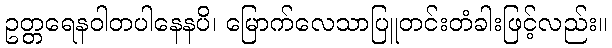
ဥတ္တရေနဝါတပါနေနပိ၊ မြောက်လေသာပြူတင်းတံခါးဖြင့်လည်း။